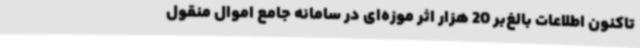
تاکنون اطلاعات بالغ‌بر 20 هزار اثر موزه‌ای در سامانه جامع اموال منقول